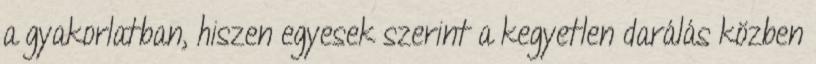
a gyakorlatban, hiszen egyesek szerint a kegyetlen darálás közben